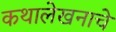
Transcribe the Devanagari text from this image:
कथालेखनाचे